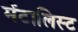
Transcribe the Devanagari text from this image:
मेंटालिस्ट